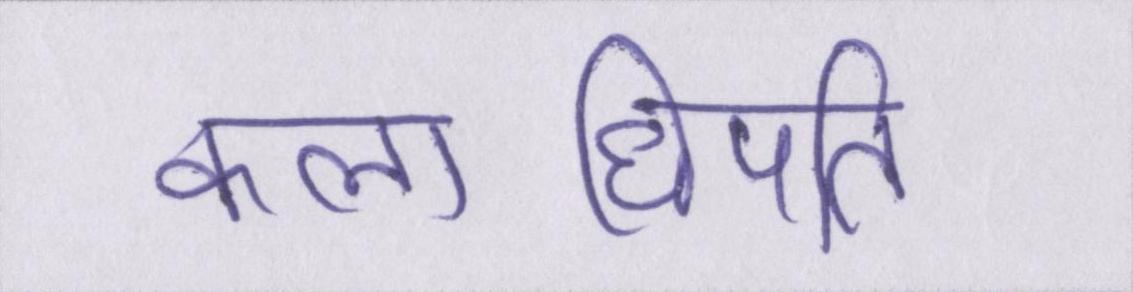
कलाधिपति